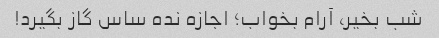
شب بخیر، آرام بخواب؛ اجازه نده ساس گاز بگیرد!